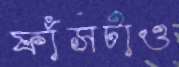
ফাঁসটাও